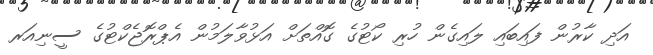
އަދި ކާރުން ފައިބައި ލައިގެން ހުރި ކޯޓުގެ ގޮއްތަށް އަޅުވާލަމުން އެޕްރޮޖެކްޓުގެ ސީނިއަރ